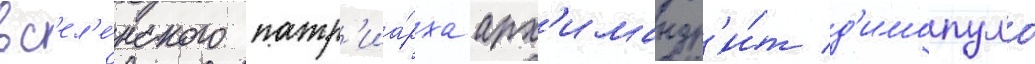
вс'ел'е́нского патр'иа́рха арх'имандр'и́т д'имопуло